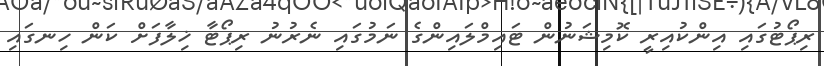
ރިޕޯޓުގައި އިންކުއިރީ ކޮމިޝަނުން ޓައިމްލައިންގެ ނަމުގައި ނެރުނު ރިޕޯޓާ ޚިލާފަށް ކަން ހިނގައި